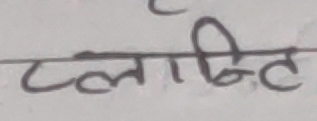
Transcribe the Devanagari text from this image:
प्लिण्ट